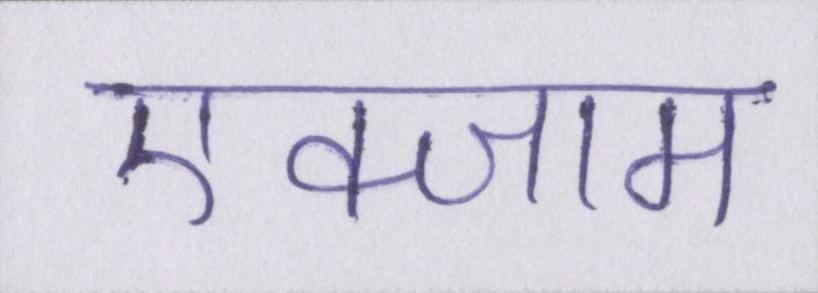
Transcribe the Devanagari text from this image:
एक्जाम